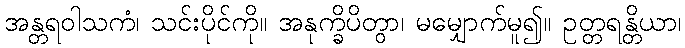
အန္တရဝါသကံ၊ သင်းပိုင်ကို။ အနုက္ခိပိတွာ၊ မမျှောက်မူ၍။ ဥတ္တရန္တိယာ၊